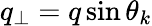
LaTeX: q_{\perp}=q\sin\theta_{k}